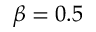
\beta = 0 . 5